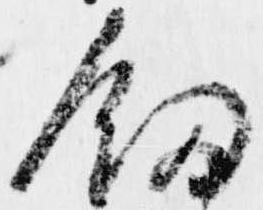
釼